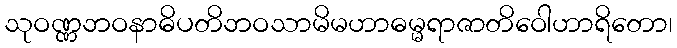
သုဝဏ္ဏဘဝနာဓိပတိဘဝသာမိမဟာဓမ္မရာဇာတိဝေါဟာရိတော၊